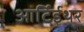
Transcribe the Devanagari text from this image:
आर्टिईथर